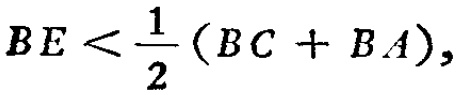
\(BE < \frac{1}{2}(BC + BA),\)